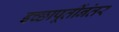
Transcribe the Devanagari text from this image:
इच्छापूर्तीनंतर